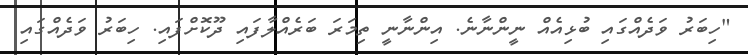
"ހިބަރު ވަދެއްގައި ބުޅިއެއް ނީންނާނެ. އިންނާނީ ތިމަރަ ބަރެއްލާފައި ދޫކޮށްފައި. ހިބަރު ވަދެއްގައި